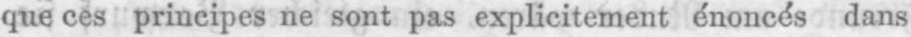
que ces principes ne sont pas explicitement énoncés dans